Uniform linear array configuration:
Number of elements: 48
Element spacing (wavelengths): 0.5
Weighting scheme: hamming
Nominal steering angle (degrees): -15
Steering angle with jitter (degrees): -14.478
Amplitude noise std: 0.05
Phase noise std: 0.05

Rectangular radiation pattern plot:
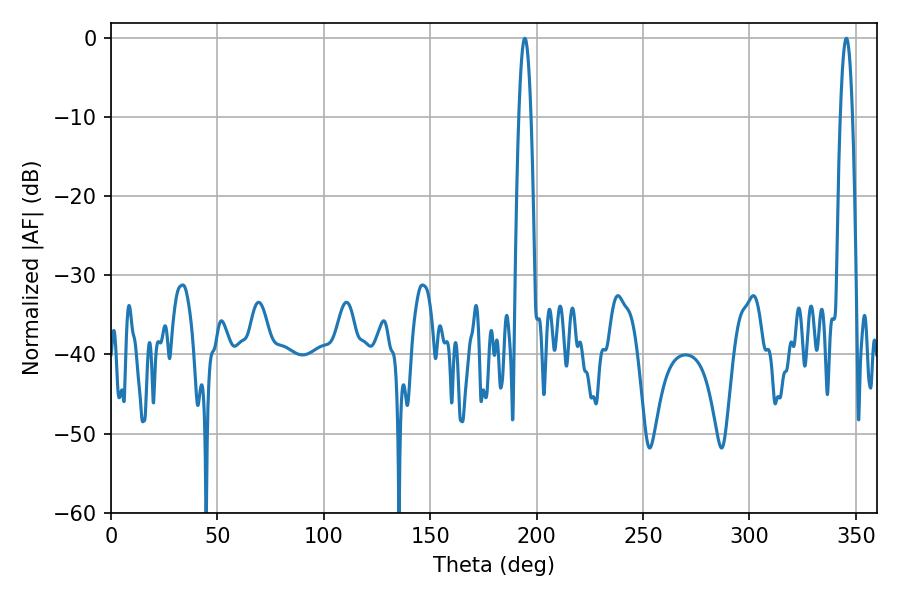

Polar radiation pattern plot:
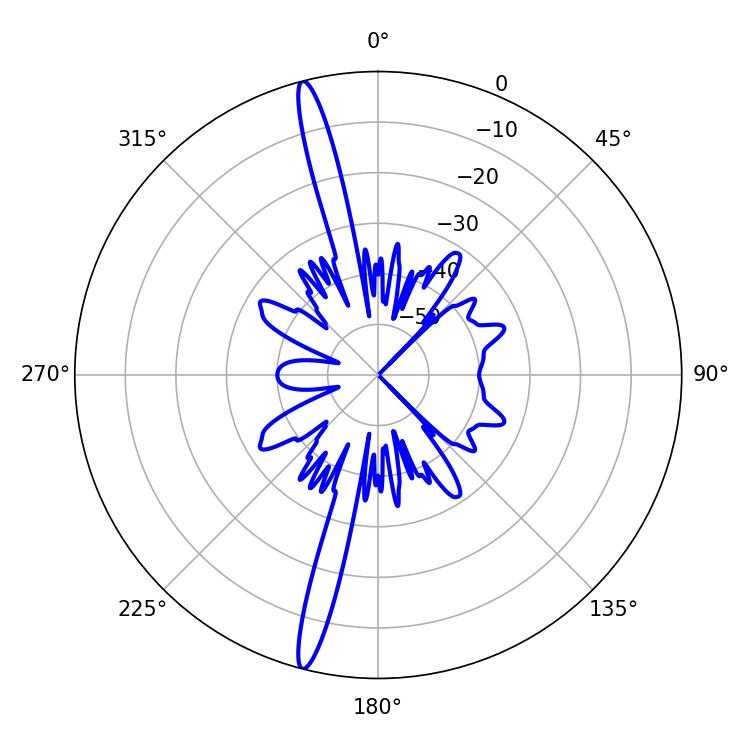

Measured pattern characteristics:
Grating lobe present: FALSE
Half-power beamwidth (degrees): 3.06
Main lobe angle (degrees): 194.4